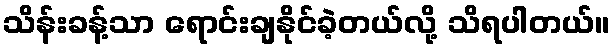
သိန်းခန့်သာ ရောင်းချနိုင်ခဲ့တယ်လို့ သိရပါတယ်။